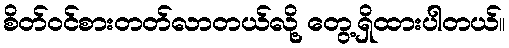
စိတ်ဝင်စားတတ်လာတယ်လို့ တွေ့ရှိထားပါတယ်။